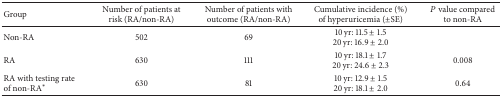
<table><thead><tr><td><b>Group</b></td><td><b>Number of patients at risk (RA/non-RA)</b></td><td><b>Number of patients with outcome (RA/non-RA)</b></td><td><b>Cumulative incidence (%) of hyperuricemia (±SE)</b></td><td><b><i>P</i> value compared to non-RA</b></td></tr></thead><tbody><tr><td>Non-RA</td><td>502</td><td>69</td><td>10 yr: 11.5 ± 1.520 yr: 16.9 ± 2.0</td><td> </td></tr><tr><td>RA</td><td>630</td><td>111</td><td>10 yr: 18.1 ± 1.720 yr: 24.6 ± 2.3</td><td>0.008</td></tr><tr><td>RA with testing rate of non-RA∗</td><td>630</td><td>81</td><td>10 yr: 12.9 ± 1.520 yr: 18.1 ± 2.0</td><td>0.64</td></tr></tbody></table>